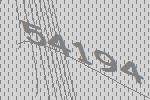
54194